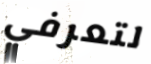
لتعرفي